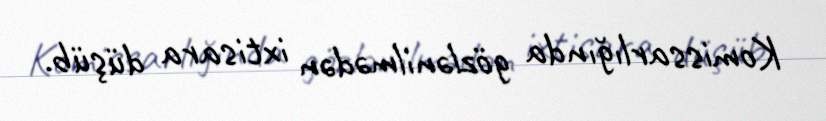
Komissarlığında gözlənilmədən ixtisara düşüb.